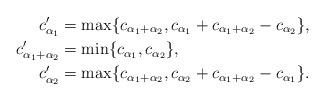
LaTeX: \begin{align*}c'_{\alpha_1} &= \max \{ c_{\alpha_1+\alpha_2}, c_{\alpha_1}+c_{\alpha_1+\alpha_2}-c_{\alpha_2} \},\\c'_{\alpha_1+\alpha_2} &= \min \{ c_{\alpha_1}, c_{\alpha_2} \},\\c'_{\alpha_2} &= \max \{c_{\alpha_1+\alpha_2}, c_{\alpha_2}+c_{\alpha_1+\alpha_2}-c_{\alpha_1} \}.\end{align*}